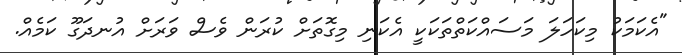
"އެކަމަކު މިކަހަލަ މަސައްކަތްތަކަކީ އެކަނި މިގޮތަށް ކުރަން ވެސް ވަރަށް އުނދަގޫ ކަމެއް.